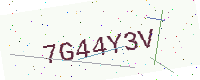
Text: 7G44Y3V